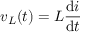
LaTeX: v _ { L } ( t ) = L { \frac { \mathrm { d } i } { \mathrm { d } t } }